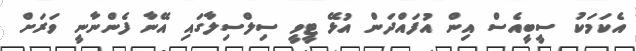
އެކަމަކު ސީބީއެސް އިން އުފައްދަން އުޅޭ ޓީވީ ސިލްސިލާގައި އޭނާ ފެންނާނީ ވަރަށް